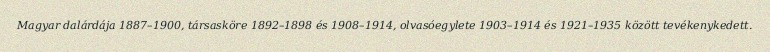
Magyar dalárdája 1887–1900, társasköre 1892–1898 és 1908–1914, olvasóegylete 1903–1914 és 1921–1935 között tevékenykedett.